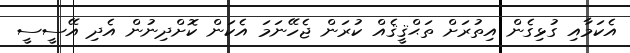
އެކަމާއި ގުޅިގެން އިތުރަށް ތަޙްޤީޤެއް ކުރަން ޖެހޭނަމަ އެކަން ކޮށްްދިނުން އެދި އޭސީސީ